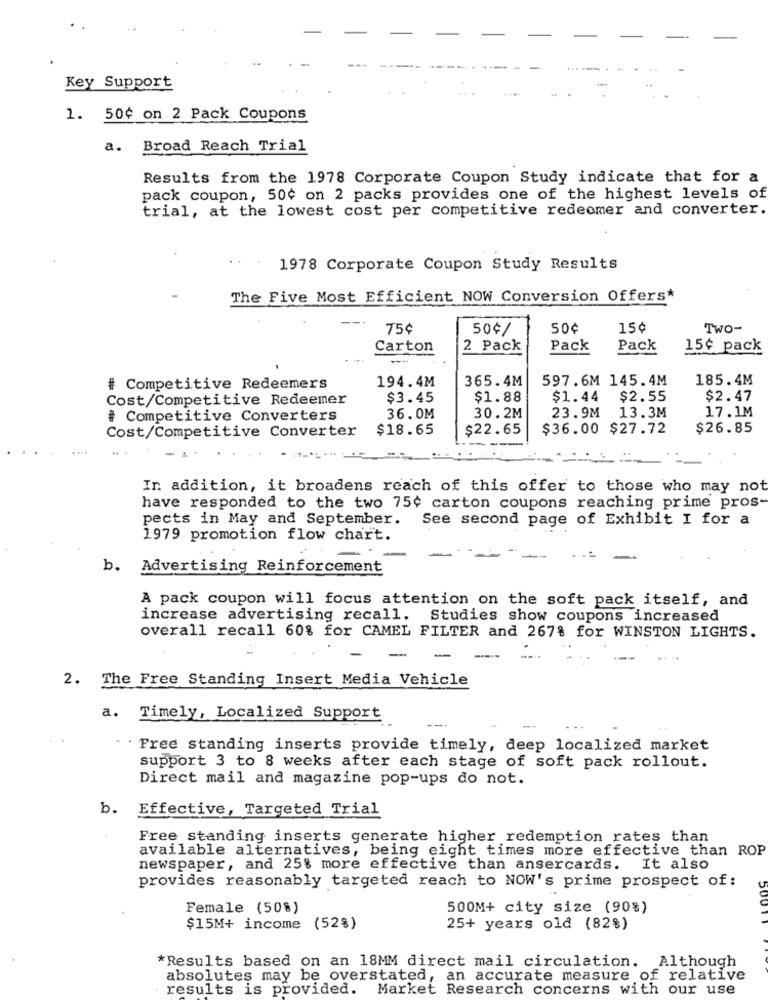
Key Support
1. 50¢ on 2 Pack Coupons
a. Broad Reach Trial
Results from the 1978 Corporate Coupon Study indicate that for a
pack coupon, 50¢ on 2 packs provides one of the highest levels of
trial, at the lowest cost per competitive redeemer and converter.
1978 Corporate Coupon Study Results
The Five Most Efficient NOW Conversion Offers*
75¢
50¢/
50¢
15¢
Two-
Carton
2 Pack
Pack
Pack
15¢ pack
--
194.4M
365.4M
597.6M 145.4M
185.4M
# Competitive Redeemers
Cost/Competitive Redeemer
$3.45
$1.88
$1.44
$2.55
$2.47
17.1M
# Competitive Converters
36.0M
30.2M
23.9M 13.3M
Cost/Competitive Converter
$18.65
$22.65
$36.00 $27.72
$26.85
In addition, it broadens reach of this offer to those who may not
have responded to the two 75¢ carton coupons reaching prime pros-
pects in May and September.
See second page of Exhibit I for a
1979 promotion flow chart.
b.
Advertising Reinforcement
A pack coupon will focus attention on the soft pack itself, and
increase advertising recall. Studies show coupons increased
overall recall 60% for CAMEL FILTER and 267% for WINSTON LIGHTS.
-
2. The Free Standing Insert Media Vehicle
a.
Timely, Localized Support
---
Free standing inserts provide timely, deep localized market
support 3 to 8 weeks after each stage of soft pack rollout.
Direct mail and magazine pop-ups do not.
b. Effective, Targeted Trial
Free standing inserts generate higher redemption rates than
available alternatives, being eight times more effective than ROP
newspaper, and 25% more effective than ansercards.
It also
provides reasonably targeted reach to NOW's prime prospect of:
Female (50%)
500M+ city size (90%)
500
$15M+ income (52%)
25+ years old (82%)
*Results based on an 18MM direct mail circulation. Although
absolutes may be overstated, an accurate measure of relative
results is provided.
Market Research concerns with our use